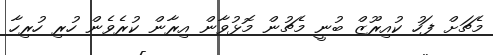
މެޗަށް ފަހު ކުއިރޫޒް ބުނީ މެޗުން މޮޅުވާން އިރާން ކުރެވެން ހުރި ހުރިހާ